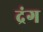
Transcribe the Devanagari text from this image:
द्रंग